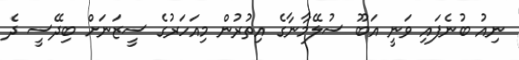
ނިއު ބުނެފައި ވަނީ އަބޫ ސުލޭމާނާގެ އިތުރުން މިއަހަރުގެ ސީޒަނަށް ބިދޭސީ ދެ